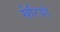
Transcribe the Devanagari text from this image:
सेरियो